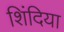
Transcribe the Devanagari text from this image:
शिंदिया